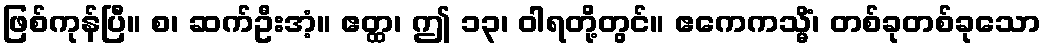
ဖြစ်ကုန်ပြီ။ စ၊ ဆက်ဦးအံ့။ ဧတ္ထ၊ ဤ ၁၃၊ ဝါရတို့တွင်။ ဧကေကသ္မိံ၊ တစ်ခုတစ်ခုသော